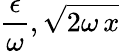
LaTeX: \frac{\epsilon}{\omega},\sqrt{2\omega\, x}